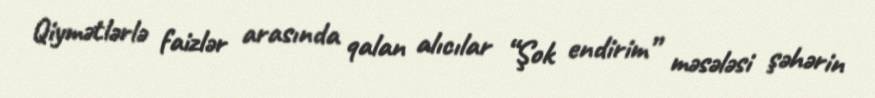
Qiymətlərlə faizlər arasında qalan alıcılar “Şok endirim” məsələsi şəhərin